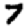
Digit: 7